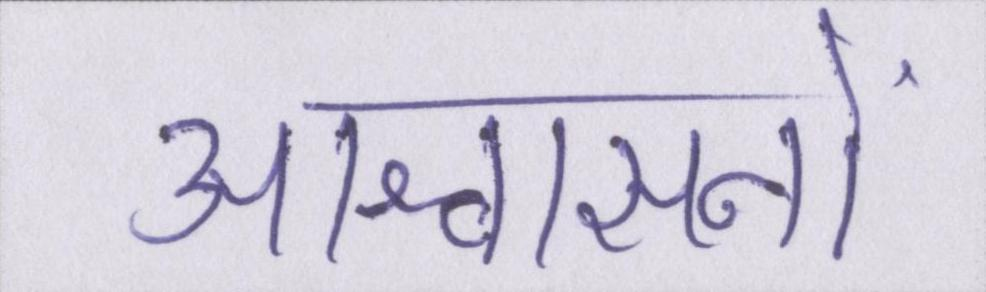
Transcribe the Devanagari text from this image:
आश्वासनों